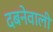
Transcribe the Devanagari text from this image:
दबनेवाली